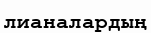
лианалардың